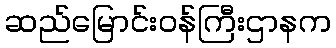
ဆည်မြောင်းဝန်ကြီးဌာနက